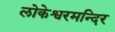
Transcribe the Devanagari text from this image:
लोकेश्वरमन्दिर